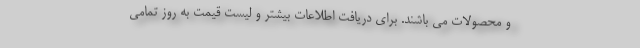
و محصولات می باشند. برای دریافت اطلاعات بیشتر و لیست قیمت به روز تمامی